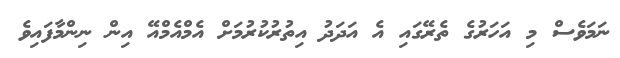
ނަމަވެސް މި އަހަރުގެ ތެރޭގައި އެ އަދަދު އިތުރުކުރުމަށް އެމްއެމްއޭ އިން ނިންމާފައިވެ